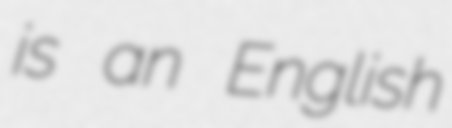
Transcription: is an English